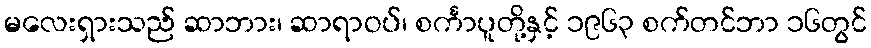
မလေးရှားသည် ဆာဘား၊ ဆာရာဝပ်၊ စင်္ကာပူတို့နှင့် ၁၉၆၃ စက်တင်ဘာ ၁၆တွင်